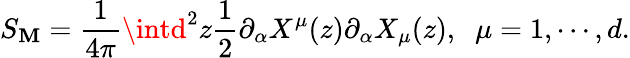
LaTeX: S_{\mathbf{M}}=\frac{{1}}{{4\pi}}\intd^{2}z\frac{{1}}{{2}}\partial_{\alpha}X^{\mu}(z)\partial_{\alpha}X_{\mu}(z),\; \; \mu=1,\cdots,d.